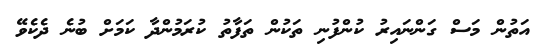
އަތުން މަސް ގަންނައިރު ކުންފުނި ތަކުން ތަފާތު ކުރަމުންދާ ކަމަށް ބުނެ ދެކެވޭ